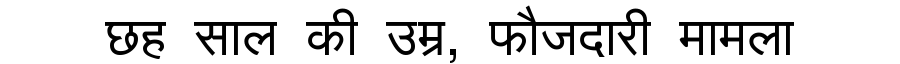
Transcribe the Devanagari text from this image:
छह साल की उम्र, फौजदारी मामला